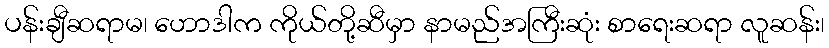
ပန်းချီဆရာမ၊ ဟောဒါက ကိုယ်တို့ဆီမှာ နာမည်အကြီးဆုံး စာရေးဆရာ လူဆန်း၊